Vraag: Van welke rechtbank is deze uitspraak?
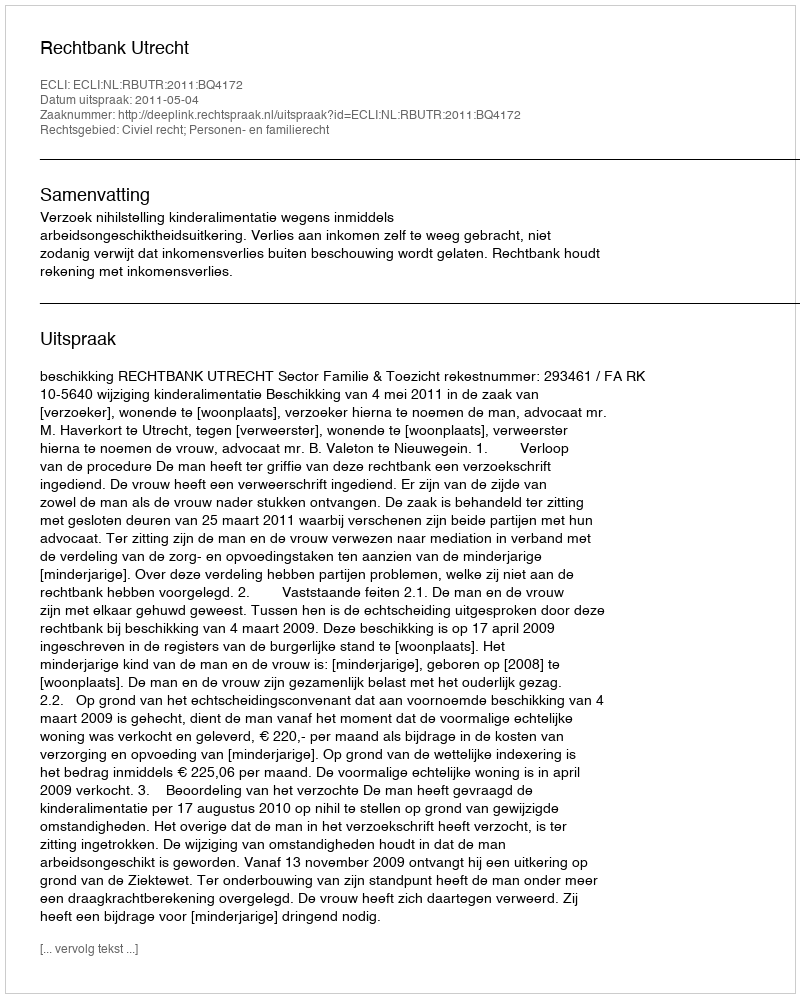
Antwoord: Rechtbank Utrecht